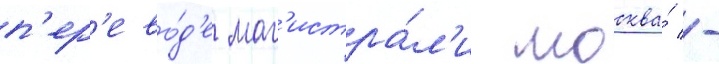
п'ер'ево́д'е маг'истра́л'и москва́ -